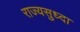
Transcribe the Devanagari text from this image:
राज्यसुध्दा